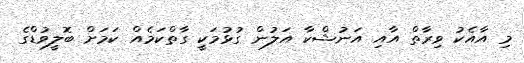
މި އާއެކު ވިރާތް އާއި އަނުޝްކާ އަލުން ގުޅުމަކީ ގާތްކަމެއް ކަމަށް ބޮލީވުޑްގެ